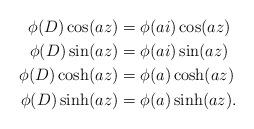
LaTeX: \begin{align*}\phi(D) \cos(a z) & = \phi(ai)\cos(az) \\\phi(D) \sin(a z) & = \phi(ai)\sin(az) \\\phi(D) \cosh(az) & = \phi(a) \cosh(az) \\\phi(D) \sinh(az) & = \phi(a) \sinh(az).\end{align*}